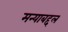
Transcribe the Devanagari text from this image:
मन्याबद्दल